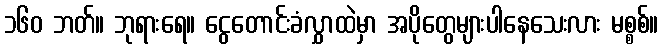
၁၆၀ ဘတ်။ ဘုရားရေ။ ငွေတောင်းခံလွှာထဲမှာ အပိုတွေများပါနေသေးလား မစ္စစ်။